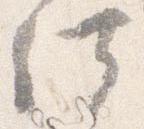
供